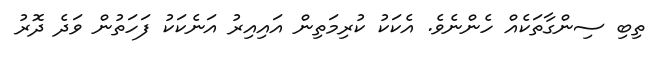
ތިބި ސިންގާތަކެއް ހެންނެވެ. އެކަކު ކުރިމަތިން އައިއިރު އަނެކަކު ފަހަތުން ވަދެ ދޮރު